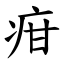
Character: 疳